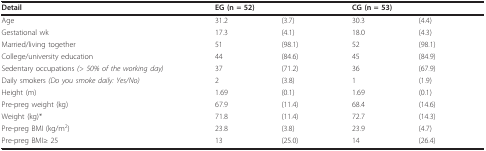
<table><thead><tr><td><b>Detail</b></td><td colspan="2"><b>EG (n = 52)</b></td><td colspan="2"><b>CG (n = 53)</b></td></tr></thead><tbody><tr><td>Age</td><td>31.2</td><td>(3.7)</td><td>30.3</td><td>(4.4)</td></tr><tr><td>Gestational wk</td><td>17.3</td><td>(4.1)</td><td>18.0</td><td>(4.3)</td></tr><tr><td>Married/living together</td><td>51</td><td>(98.1)</td><td>52</td><td>(98.1)</td></tr><tr><td>College/university education</td><td>44</td><td>(84.6)</td><td>45</td><td>(84.9)</td></tr><tr><td>Sedentary occupations <i>(&gt; 50% of the working day)</i></td><td>37</td><td>(71.2)</td><td>36</td><td>(67.9)</td></tr><tr><td>Daily smokers <i>(Do you smoke daily: Yes/No)</i></td><td>2</td><td>(3.8)</td><td>1</td><td>(1.9)</td></tr><tr><td>Height (m)</td><td>1.69</td><td>(0.1)</td><td>1.69</td><td>(0.1)</td></tr><tr><td>Pre-preg weight (kg)</td><td>67.9</td><td>(11.4)</td><td>68.4</td><td>(14.6)</td></tr><tr><td>Weight (kg)*</td><td>71.8</td><td>(11.4)</td><td>72.7</td><td>(14.3)</td></tr><tr><td>Pre-preg BMI (kg/m<sup>2</sup>)</td><td>23.8</td><td>(3.8)</td><td>23.9</td><td>(4.7)</td></tr><tr><td>Pre-preg BMI≥ 25</td><td>13</td><td>(25.0)</td><td>14</td><td>(26.4)</td></tr></tbody></table>